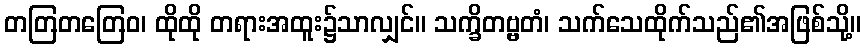
တတြတတြေဝ၊ ထိုထို တရားအထူး၌သာလျှင်။ သက္ခိတဗ္ဗတံ၊ သက်သေထိုက်သည်၏အဖြစ်သို့။